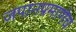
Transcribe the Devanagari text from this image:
जपानप्रमाणेच